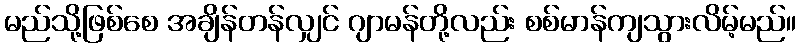
မည်သို့ဖြစ်စေ အချိန်တန်လျှင် ဂျာမန်တို့လည်း စစ်မာန်ကျသွားလိမ့်မည်။